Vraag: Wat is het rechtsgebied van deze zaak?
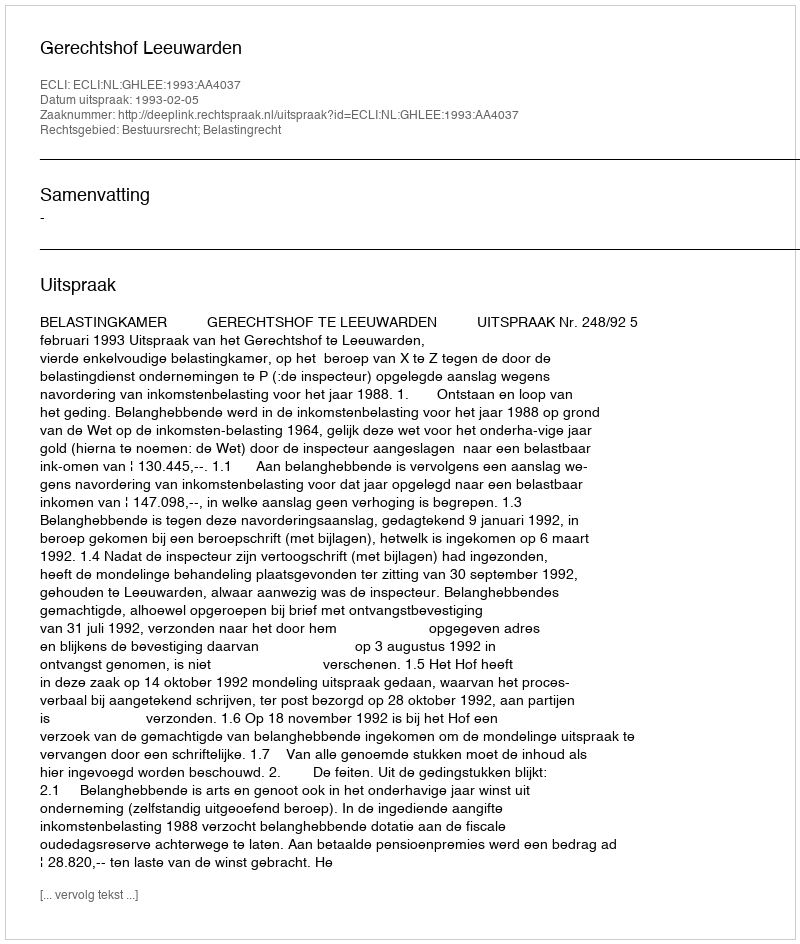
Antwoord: Bestuursrecht; Belastingrecht